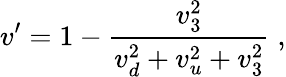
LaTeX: v^{\prime}=1-\frac{v_{3}^{2}}{v_{d}^{2}+v_{u}^{2}+v_{3}^{2}}\; ,